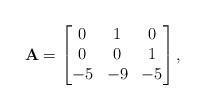
LaTeX: \begin{align*}{\bf A}=\begin{bmatrix}0&1&0\\0&0&1\\-5&-9&-5\\\end{bmatrix},\end{align*}